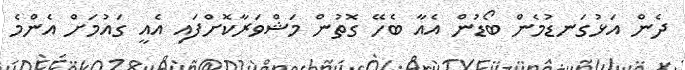
ދެން އަޅުގަނޑުމެން ބޯޑުން އެއާ ބެހޭ ގޮތުން މަޝްވަރާކޮށްފައި އެއީ ގައުމަށް އެންމެ